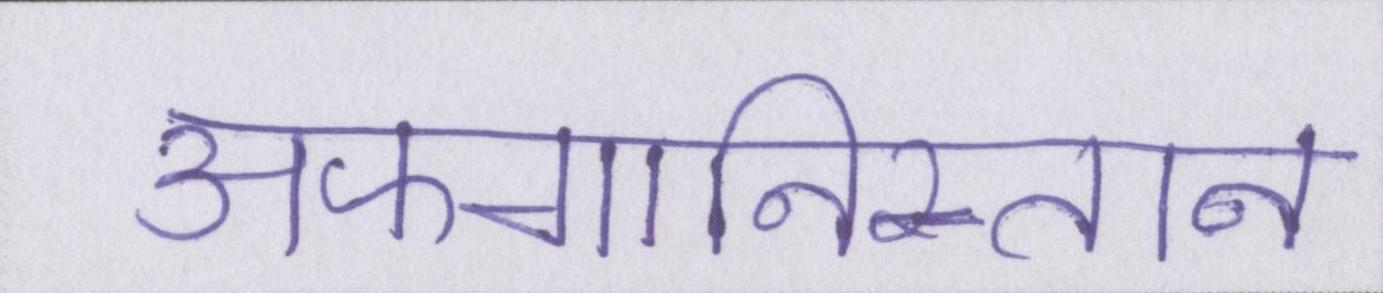
अफगानिस्तान